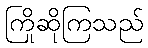
ကြိုဆိုကြသည်